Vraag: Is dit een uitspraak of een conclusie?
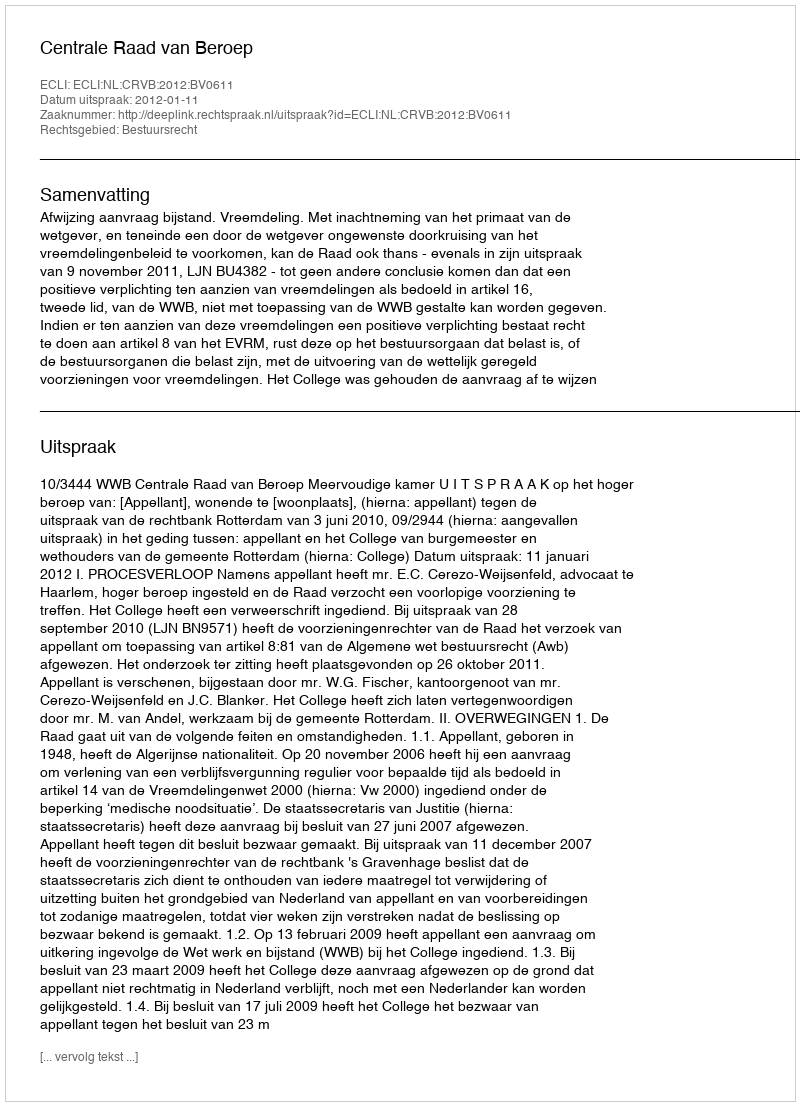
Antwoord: Uitspraak